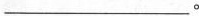
___。